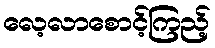
လေ့လာစောင့်ကြည့်